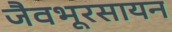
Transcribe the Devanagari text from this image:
जैवभूरसायन